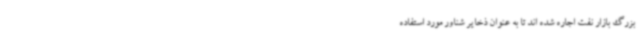
بزرگ بازار نفت اجاره شده اند تا به عنوان ذخایر شناور مورد استفاده